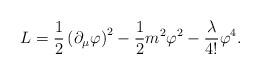
LaTeX: \begin{align*}L= \frac{1}{2} \left( \partial_{\mu} \varphi \right)^{2} - \frac{1}{2}m^{2}\varphi^{2} - \frac{\lambda}{4!} \varphi^{4}.\end{align*}